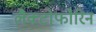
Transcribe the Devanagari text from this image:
लैक्टोफोरिन